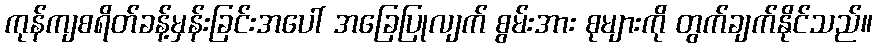
ကုန်ကျစရိတ်ခန့်မှန်းခြင်းအပေါ် အခြေပြုလျက် စွမ်းအား စုများကို တွက်ချက်နိုင်သည်။